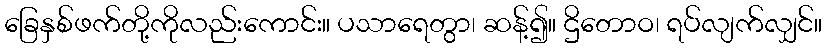
ခြေနှစ်ဖက်တို့ကိုလည်းကောင်း။ ပသာရေတွာ၊ ဆန့်၍။ ဌိတောဝ၊ ရပ်လျက်လျှင်။